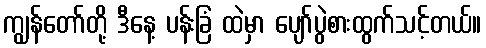
ကျွန်တော်တို့ ဒီနေ့ ပန်းခြံ ထဲမှာ ပျော်ပွဲစားထွက်သင့်တယ်။